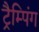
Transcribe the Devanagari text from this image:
ट्रैम्पिंग